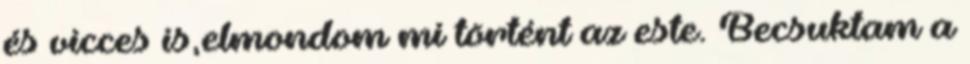
és vicces is,elmondom mi történt az este. Becsuktam a